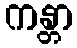
ကန္တာ